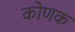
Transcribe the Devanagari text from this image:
कोणक